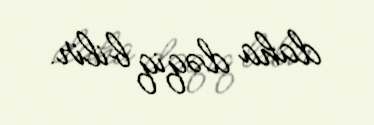
daha dəqiq bilir.